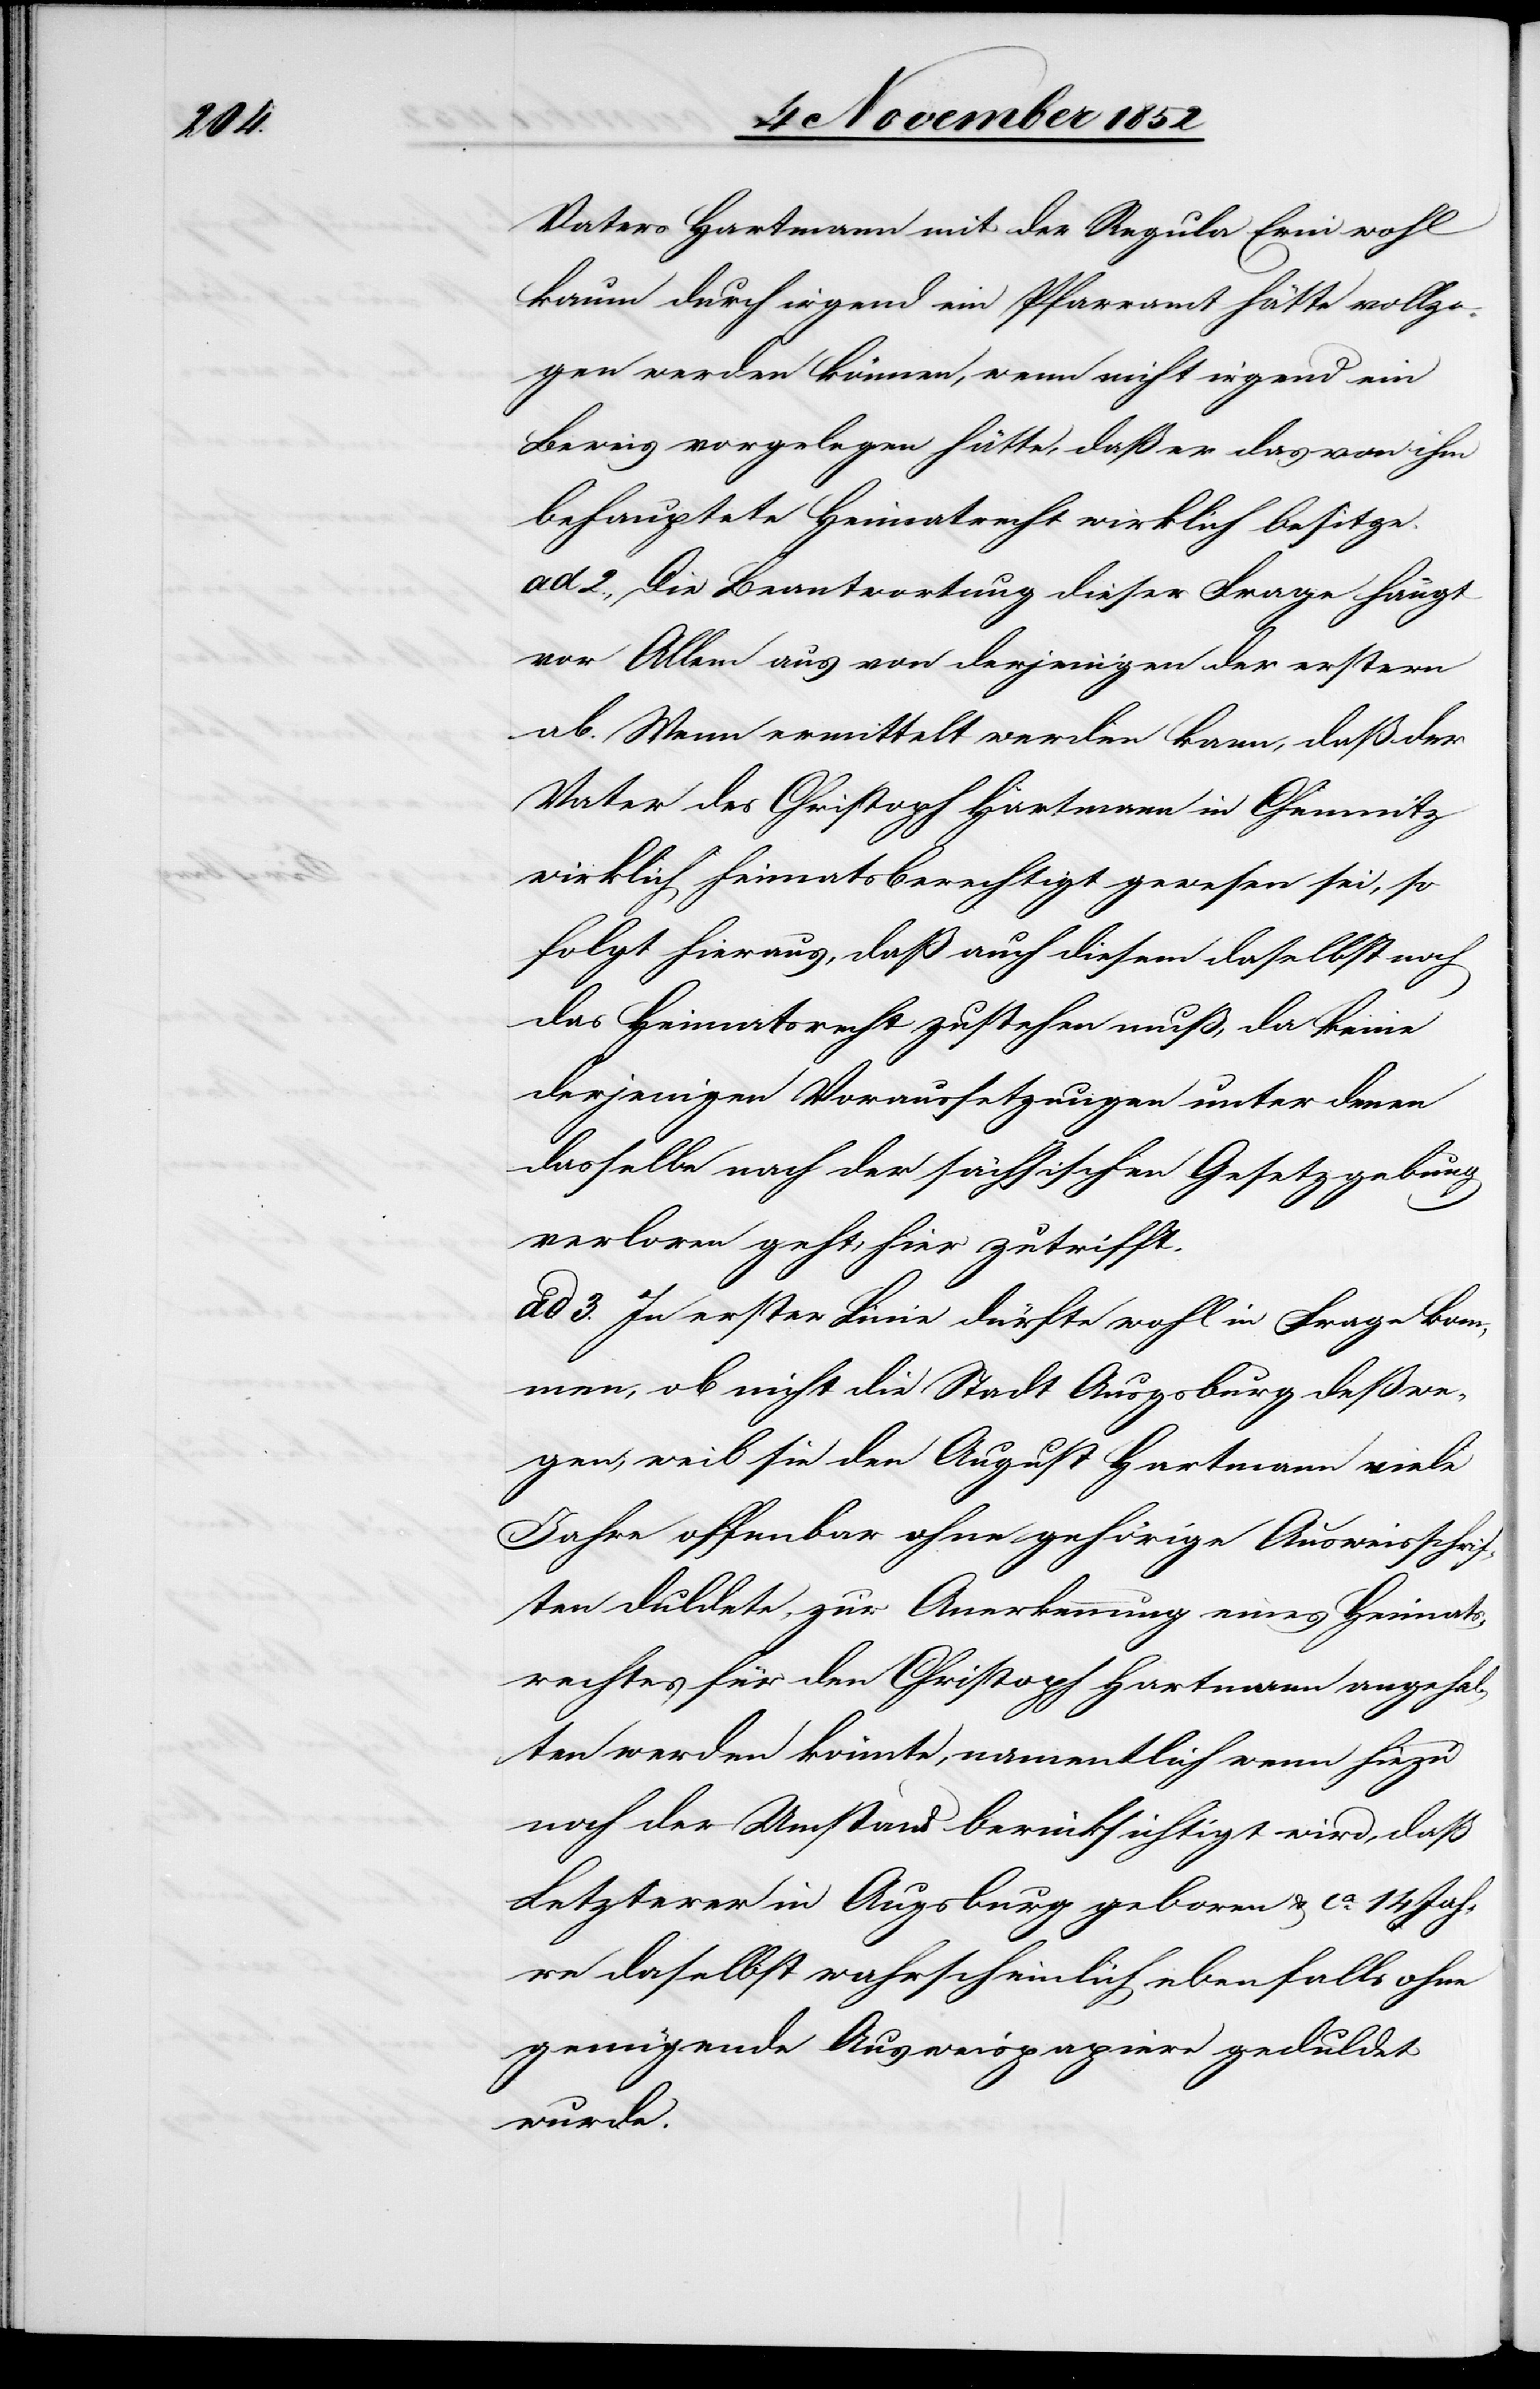
Vaters Hartmann mit der Regula Erni wohl
kaum durch irgend ein Pfarramt hätte vollzo¬
gen werden können, wenn nicht irgend ein
Beweis vorgelegen hätte, daß er das von ihm
behauptete Heimatrecht wirklich besitze.
ad 2., Die Beantwortung dieser Frage hängt
vor Allem aus von derjenigen der erstern
ab. Wenn ermittelt werden kann, daß der
Vater des Christoph Hartmann in Chemnitz
wirklich heimatsberechtigt gewesen sei, so
folgt hieraus, daß auch diesem daselbst noch
das Heimatsrecht zustehen muß, da keine
derjenigen Voraussetzungen unter denen
dasselbe nach der sächsischen Gesetzgebung
verloren geht, hier zutrifft.
ad 3. In erster Linie dürfte wohl in Frage kom¬
men, ob nicht die Stadt Augsburg deßwe¬
gen, weil sie den August Hartmann viele
Jahre offenbar ohne gehörige Ausweisschrif¬
ten duldete, zur Anerkennung eines Heimats¬
rechtes für den Christoph Hartmann angehal¬
ten werden könnte, namentlich wenn hiezu
noch der Umstand berücksichtigt wird, daß
Letzterer in Augsburg geboren & ca. 14 Jah¬
re daselbst wahrscheinlich ebenfalls ohne
genügende Ausweispapiere geduldet
wurde.